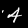
Digit: 4